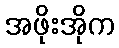
အဖိုးအိုက